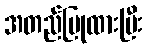
အတည်ပြုထားပြီး